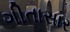
ગીતાસાર